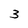
Character: 3